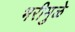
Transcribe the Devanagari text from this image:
भरीमुळे